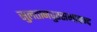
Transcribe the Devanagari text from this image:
सुलतानपुरसभाचन्द